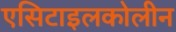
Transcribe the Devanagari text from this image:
एसिटाइलकोलीन